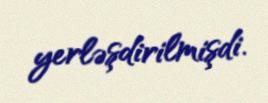
yerləşdirilmişdi.